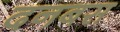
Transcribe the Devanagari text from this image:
दनबस